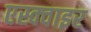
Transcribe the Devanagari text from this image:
एस्क्वाइर